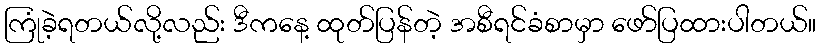
ကြုံခဲ့ရတယ်လို့လည်း ဒီကနေ့ ထုတ်ပြန်တဲ့ အစီရင်ခံစာမှာ ဖော်ပြထားပါတယ်။